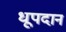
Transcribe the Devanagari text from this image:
धूपदान